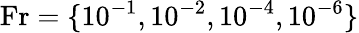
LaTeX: \textnormal{Fr}=\{ 10^{-1},10^{-2},10^{-4},10^{-6}\}